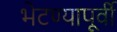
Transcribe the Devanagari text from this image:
भेटण्यापूर्वी